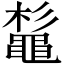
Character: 𪓫